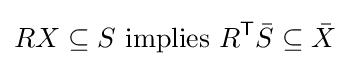
RX\subseteq S{\text{ implies }}R^{\textsf {T}}{\bar {S}}\subseteq {\bar {X}}